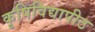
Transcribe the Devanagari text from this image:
कृषिविद्यापीठ